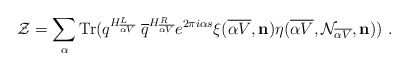
\begin{align*}{\cal Z}= \sum_{\alpha} \mbox{Tr} ( q^{H^L_{\overline {\alpha V}}} ~{\overline q}^{H^R_{\overline {\alpha V}}} e^{2\pi i \alpha s} \xi ({\overline {\alpha V}}, {\bf n}) \eta({\overline {\alpha V}}, {\cal N}_{\overline {\alpha V}}, {\bf n}) )~.\end{align*}